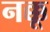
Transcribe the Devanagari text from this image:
नक्कू